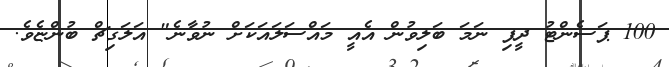
100 ޕަސެންޓު ދީފި ނަމަ ބަލިވުން އެއީ މައްސަލައަކަށް ނުވާނެ" އަލަގިޗް ބުންޏެވެ.